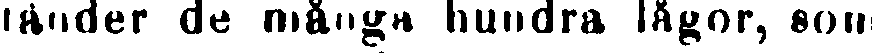
tänder de många hundra lågor, som